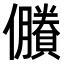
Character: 𠑇